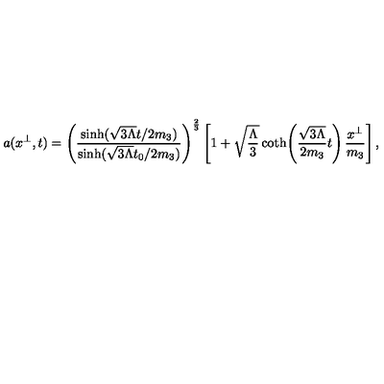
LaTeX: a ( x ^ { \perp } , t ) = \left( \frac { \sinh ( \sqrt { 3 \Lambda } t / 2 m _ { 3 } ) } { \sinh ( \sqrt { 3 \Lambda } t _ { 0 } / 2 m _ { 3 } ) } \right) ^ { \frac { 2 } { 3 } } \left[ 1 + \sqrt { \frac { \Lambda } { 3 } } \coth \! \left( \frac { \sqrt { 3 \Lambda } } { 2 m _ { 3 } } t \right) \frac { x ^ { \perp } } { m _ { 3 } } \right] ,